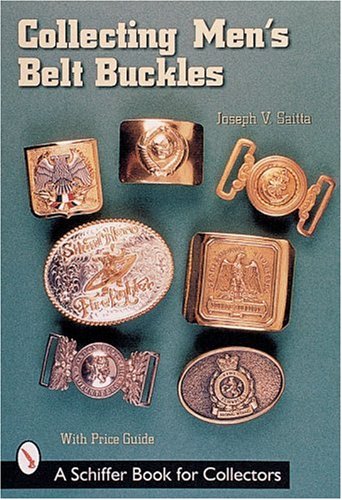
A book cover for Collecting Men's Belt Buckles (A Schiffer Book for Collectors); Joseph V. Saitta; Crafts, Hobbies & Home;